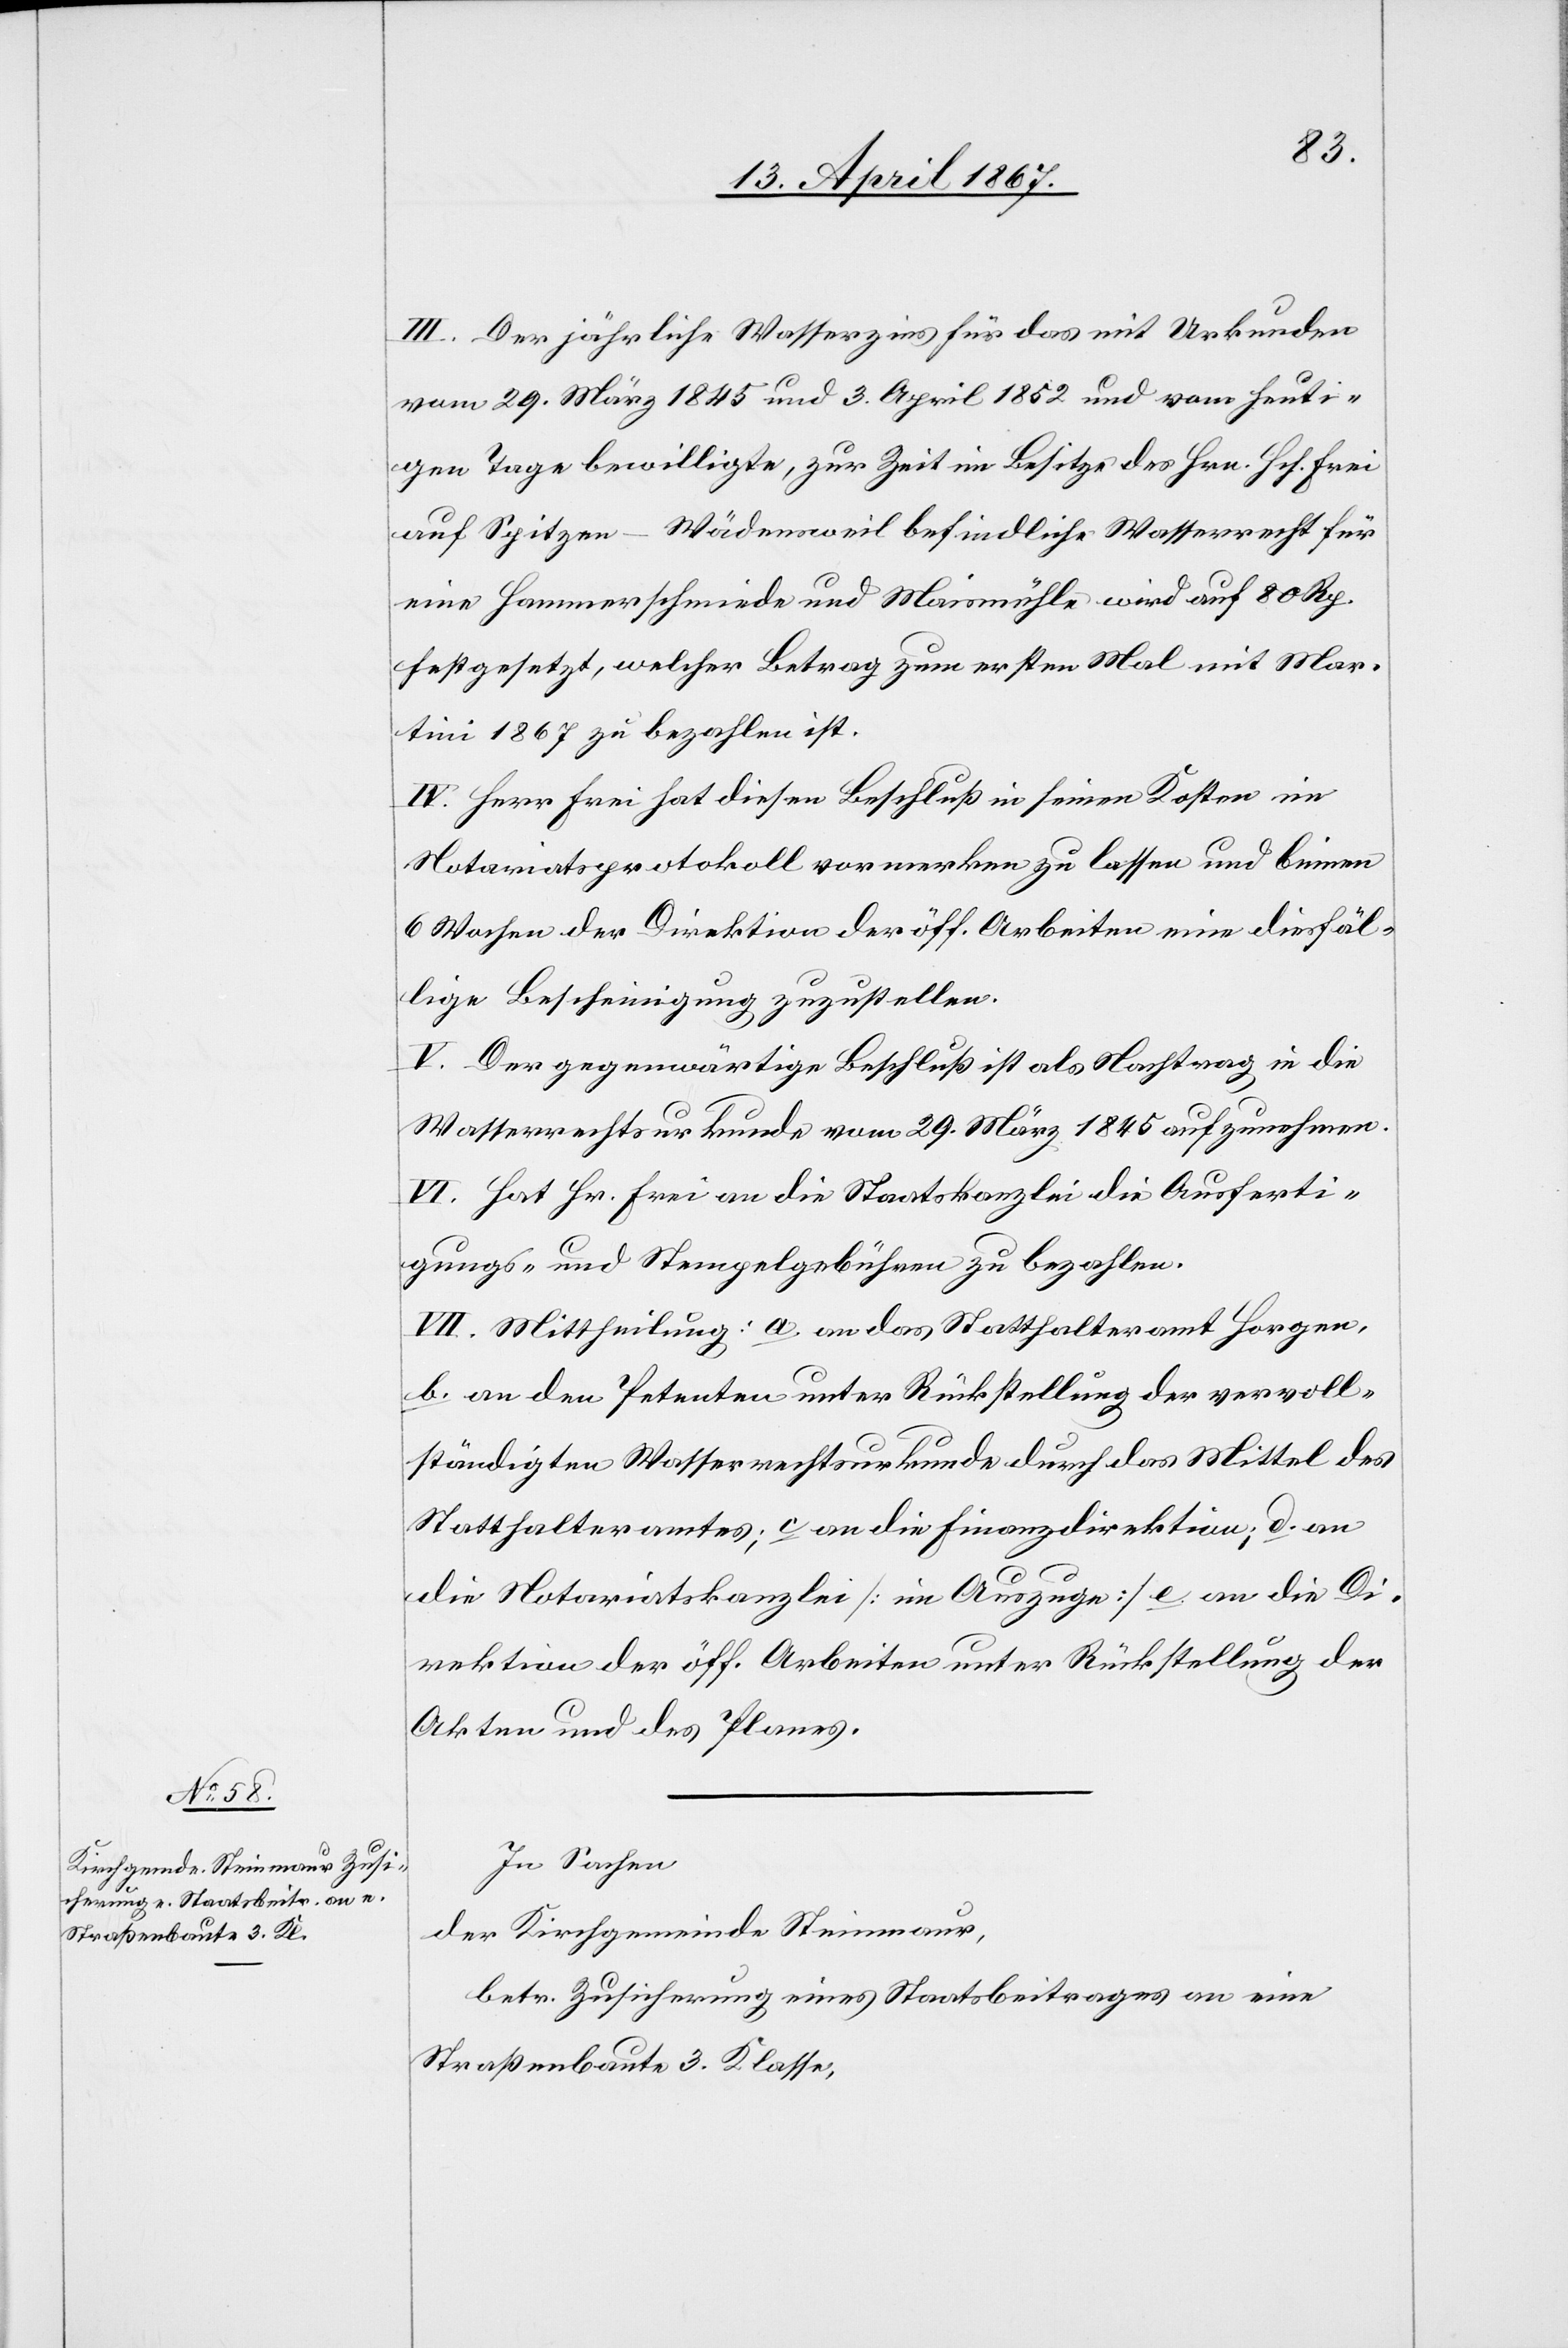
III. Der jährliche Wasserzins für das mit Urkunden
vom 29. März 1845 und 3. April 1852 und vom heuti¬
gen Tage bewilligte, zur Zeit im Besitze des Hrn. Hch. Frei
auf Spitzen – Wädensweil befindliche Wasserrecht für
eine Hammerschmiede und Maismühle wird auf 80 Rp.
festgesetzt, welcher Betrag zum ersten Mal mit Mar¬
tini 1867 zu bezahlen ist.
IV. Herr Frei hat diesen Beschluß in seinen Kosten im
Notariatsprotokoll vormerken zu lassen und binnen
6 Wochen der Direktion der öff. Arbeiten eine diesfäl¬
lige Bescheinigung zuzustellen.
V. Der gegenwärtige Beschluß ist als Nachtrag in die
Wasserrechtsurkunde vom 29. März 1845 aufzunehmen.
VI. Hat Hr. Frei an die Staatskanzlei die Ausferti¬
gungs- und Stempelgebühren zu bezahlen.
VII. Mittheilung: a. an das Statthalteramt Horgen,
b. an den Petenten unter Rückstellung der vervoll¬
ständigten Wasserrechtsurkunde durch das Mittel des
Statthalteramtes; c an die Finanzdirektion; d. an
die Notariatskanzlei [im Auszuge] e. an die Di¬
rektion der öff. Arbeiten unter Rückstellung der
Akten und des Planes.
In Sachen
der Kirchgemeinde Steinmaur,
betr. Zusicherung eines Staatsbeitrages an eine
Straßenbaute 3. Klasse,